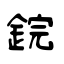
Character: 鋎